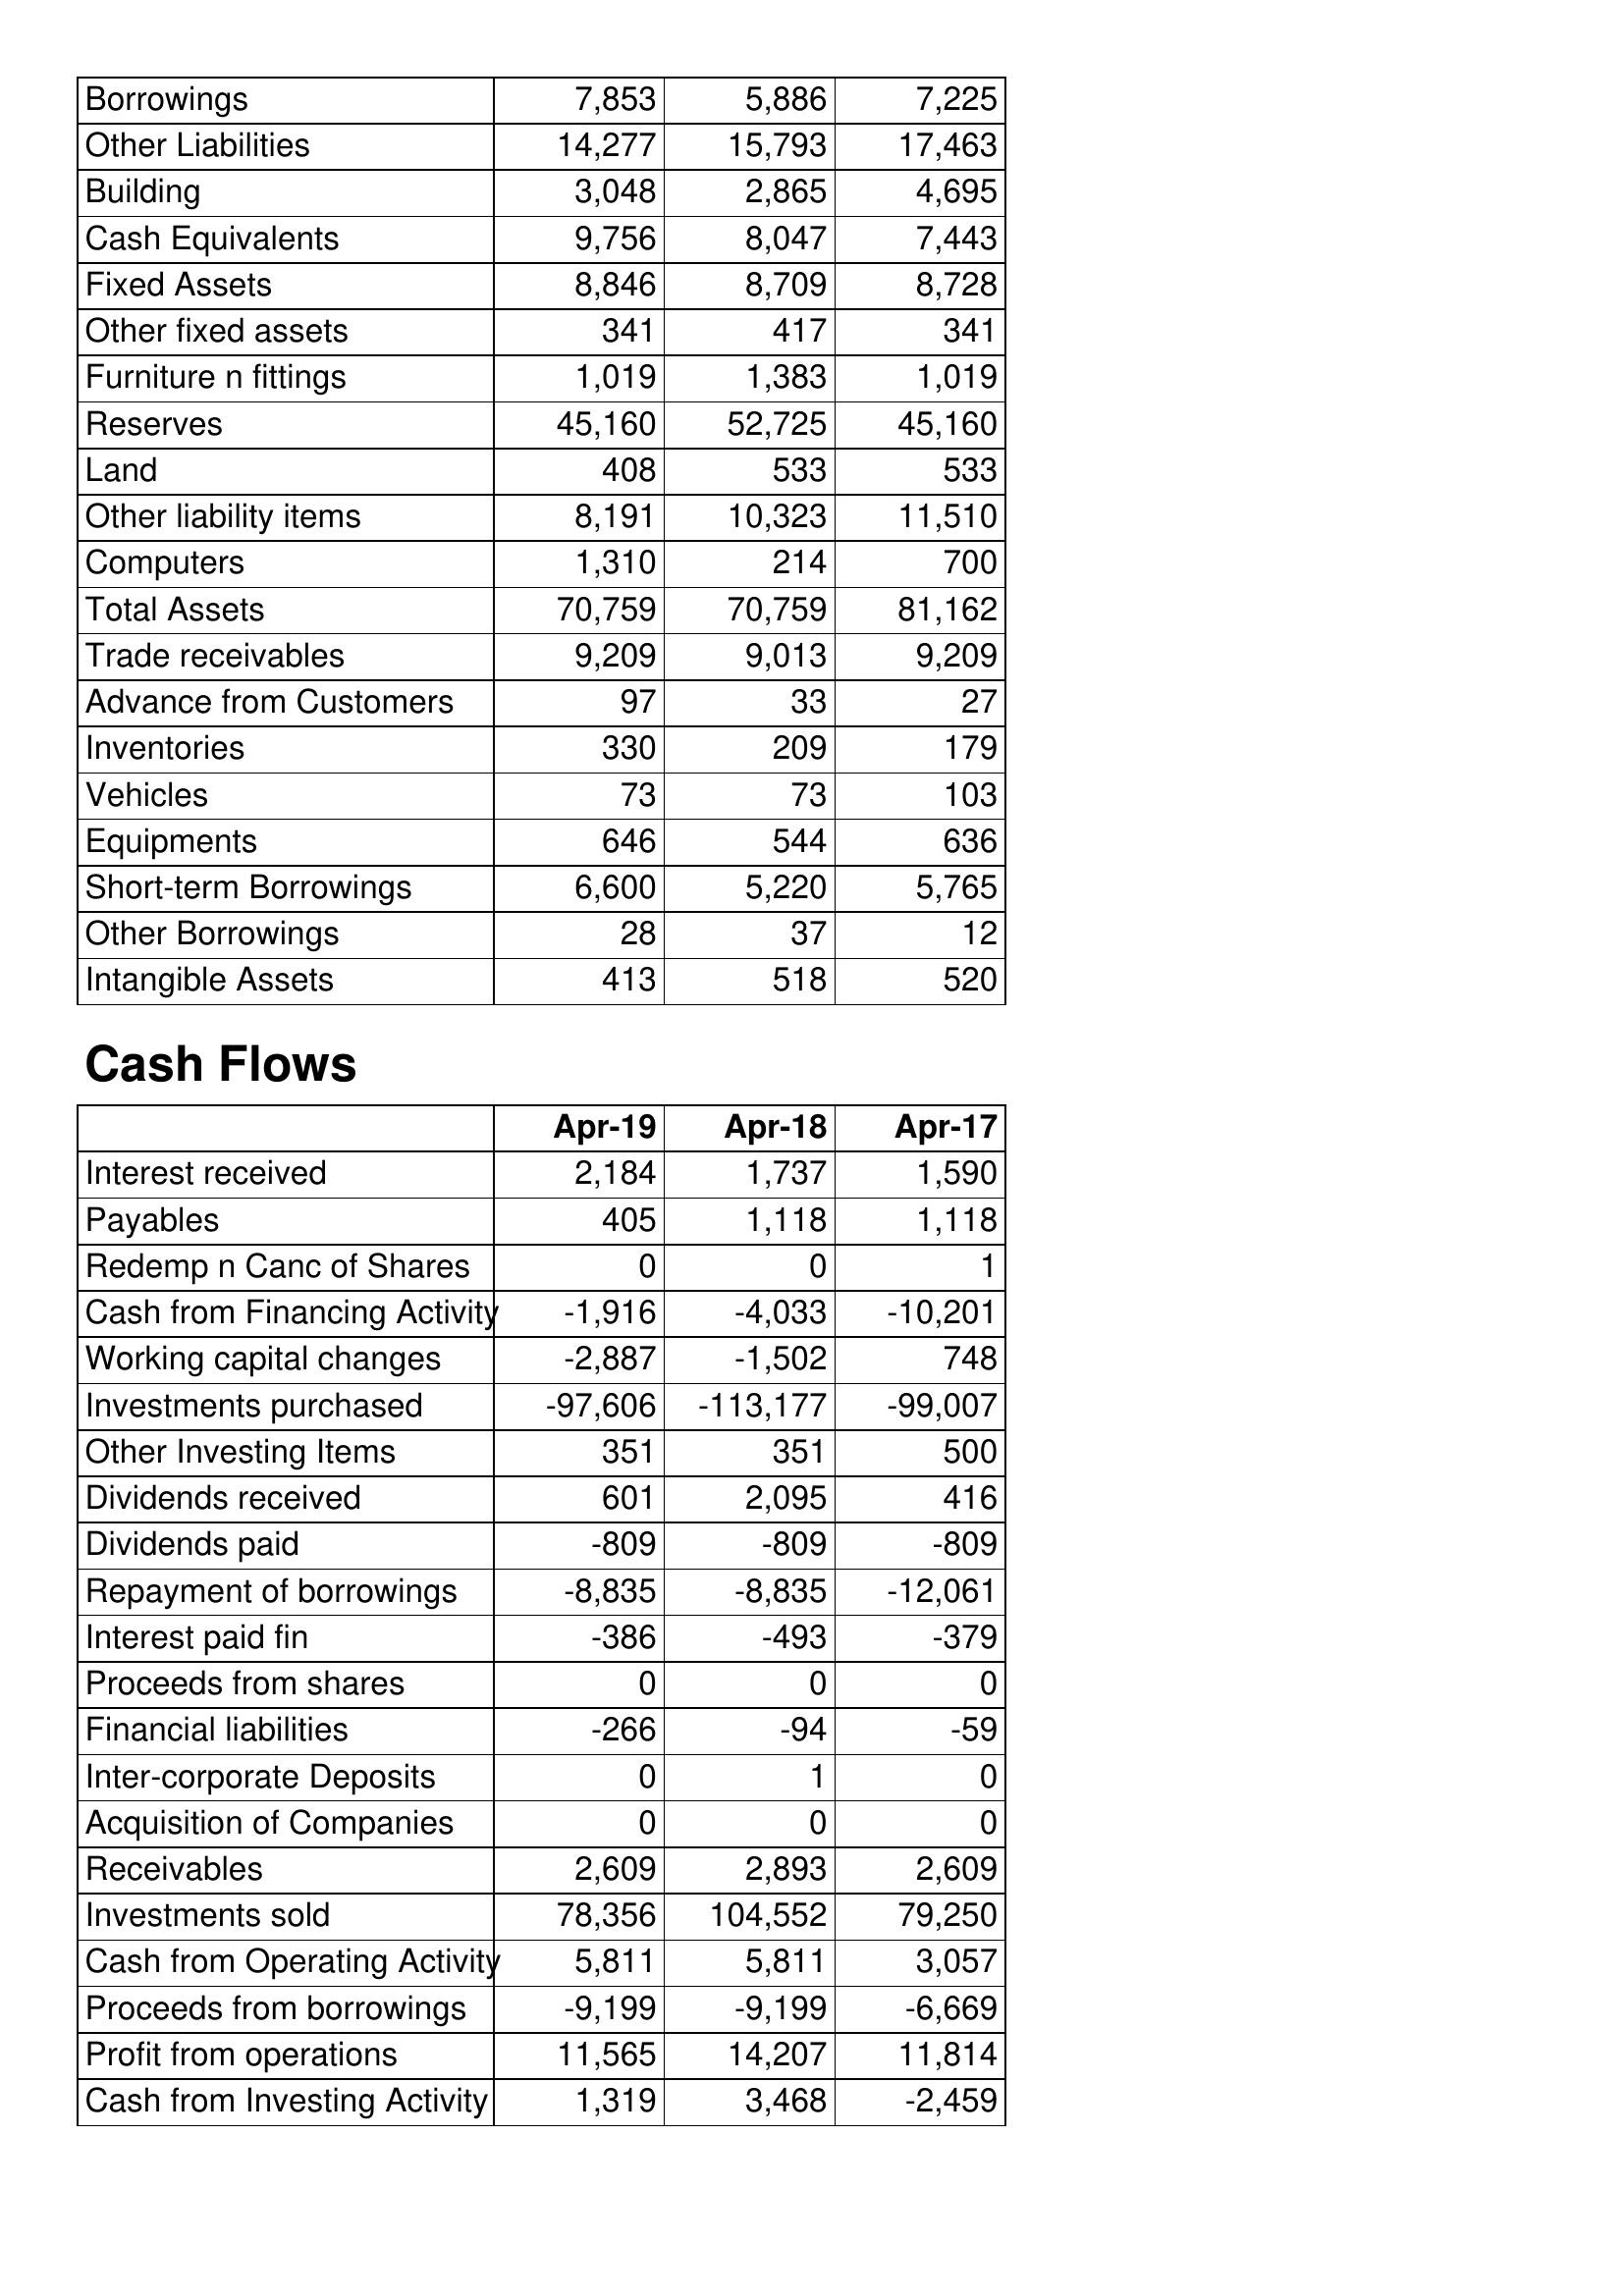
Apr-19: Balance Sheet: Borrowings: 7,853
Other Liabilities: 14,277
Building: 3,048
Cash Equivalents: 9,756
Fixed Assets: 8,846
Other fixed assets: 341
Furniture n fittings: 1,019
Reserves: 45,160
Land: 408
Other liability items: 8,191
Computers: 1,310
Total Assets: 70,759
Trade receivables: 9,209
Advance from Customers: 97
Inventories: 330
Vehicles: 73
Equipments: 646
Short-term Borrowings: 6,600
Other Borrowings: 28
Intangible Assets: 413
Cash Flows: Interest received: 2,184
Payables: 405
Redemp n Canc of Shares: 0
Cash from Financing Activity: -1,916
Working capital changes: -2,887
Investments purchased: -97,606
Other Investing Items: 351
Dividends received: 601
Dividends paid: -809
Repayment of borrowings: -8,835
Interest paid fin: -386
Proceeds from shares: 0
Financial liabilities: -266
Inter-corporate Deposits: 0
Acquisition of Companies: 0
Receivables: 2,609
Investments sold: 78,356
Cash from Operating Activity: 5,811
Proceeds from borrowings: -9,199
Profit from operations: 11,565
Cash from Investing Activity: 1,319
Apr-18: Balance Sheet: Borrowings: 5,886
Other Liabilities: 15,793
Building: 2,865
Cash Equivalents: 8,047
Fixed Assets: 8,709
Other fixed assets: 417
Furniture n fittings: 1,383
Reserves: 52,725
Land: 533
Other liability items: 10,323
Computers: 214
Total Assets: 70,759
Trade receivables: 9,013
Advance from Customers: 33
Inventories: 209
Vehicles: 73
Equipments: 544
Short-term Borrowings: 5,220
Other Borrowings: 37
Intangible Assets: 518
Cash Flows: Interest received: 1,737
Payables: 1,118
Redemp n Canc of Shares: 0
Cash from Financing Activity: -4,033
Working capital changes: -1,502
Investments purchased: -113,177
Other Investing Items: 351
Dividends received: 2,095
Dividends paid: -809
Repayment of borrowings: -8,835
Interest paid fin: -493
Proceeds from shares: 0
Financial liabilities: -94
Inter-corporate Deposits: 1
Acquisition of Companies: 0
Receivables: 2,893
Investments sold: 104,552
Cash from Operating Activity: 5,811
Proceeds from borrowings: -9,199
Profit from operations: 14,207
Cash from Investing Activity: 3,468
Apr-17: Balance Sheet: Borrowings: 7,225
Other Liabilities: 17,463
Building: 4,695
Cash Equivalents: 7,443
Fixed Assets: 8,728
Other fixed assets: 341
Furniture n fittings: 1,019
Reserves: 45,160
Land: 533
Other liability items: 11,510
Computers: 700
Total Assets: 81,162
Trade receivables: 9,209
Advance from Customers: 27
Inventories: 179
Vehicles: 103
Equipments: 636
Short-term Borrowings: 5,765
Other Borrowings: 12
Intangible Assets: 520
Cash Flows: Interest received: 1,590
Payables: 1,118
Redemp n Canc of Shares: 1
Cash from Financing Activity: -10,201
Working capital changes: 748
Investments purchased: -99,007
Other Investing Items: 500
Dividends received: 416
Dividends paid: -809
Repayment of borrowings: -12,061
Interest paid fin: -379
Proceeds from shares: 0
Financial liabilities: -59
Inter-corporate Deposits: 0
Acquisition of Companies: 0
Receivables: 2,609
Investments sold: 79,250
Cash from Operating Activity: 3,057
Proceeds from borrowings: -6,669
Profit from operations: 11,814
Cash from Investing Activity: -2,459